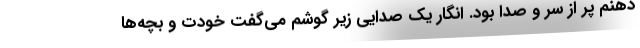
ذهنم پر از سر و صدا بود. انگار یک صدایی زیر گوشم می‌گفت خودت و بچه‌ها